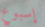
إسبوع